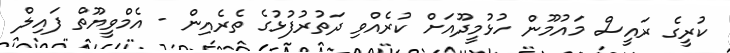
ކުރީގެ ރައީސް މައުމޫން ހުޅުމީދޫއަށް ކުރެއްވި ދަތުރުފުޅުގެ ތެރެއިން - އެމްވީޔޫތް ފައިލް